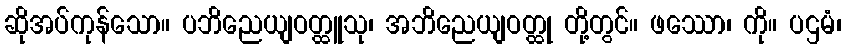
ဆိုအပ်ကုန်သော။ ပဘိညေယျဝတ္ထူသု၊ အဘိညေယျဝတ္ထု တို့တွင်။ ဖဿော၊ ကို။ ပဌမံ၊